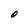
Character: O